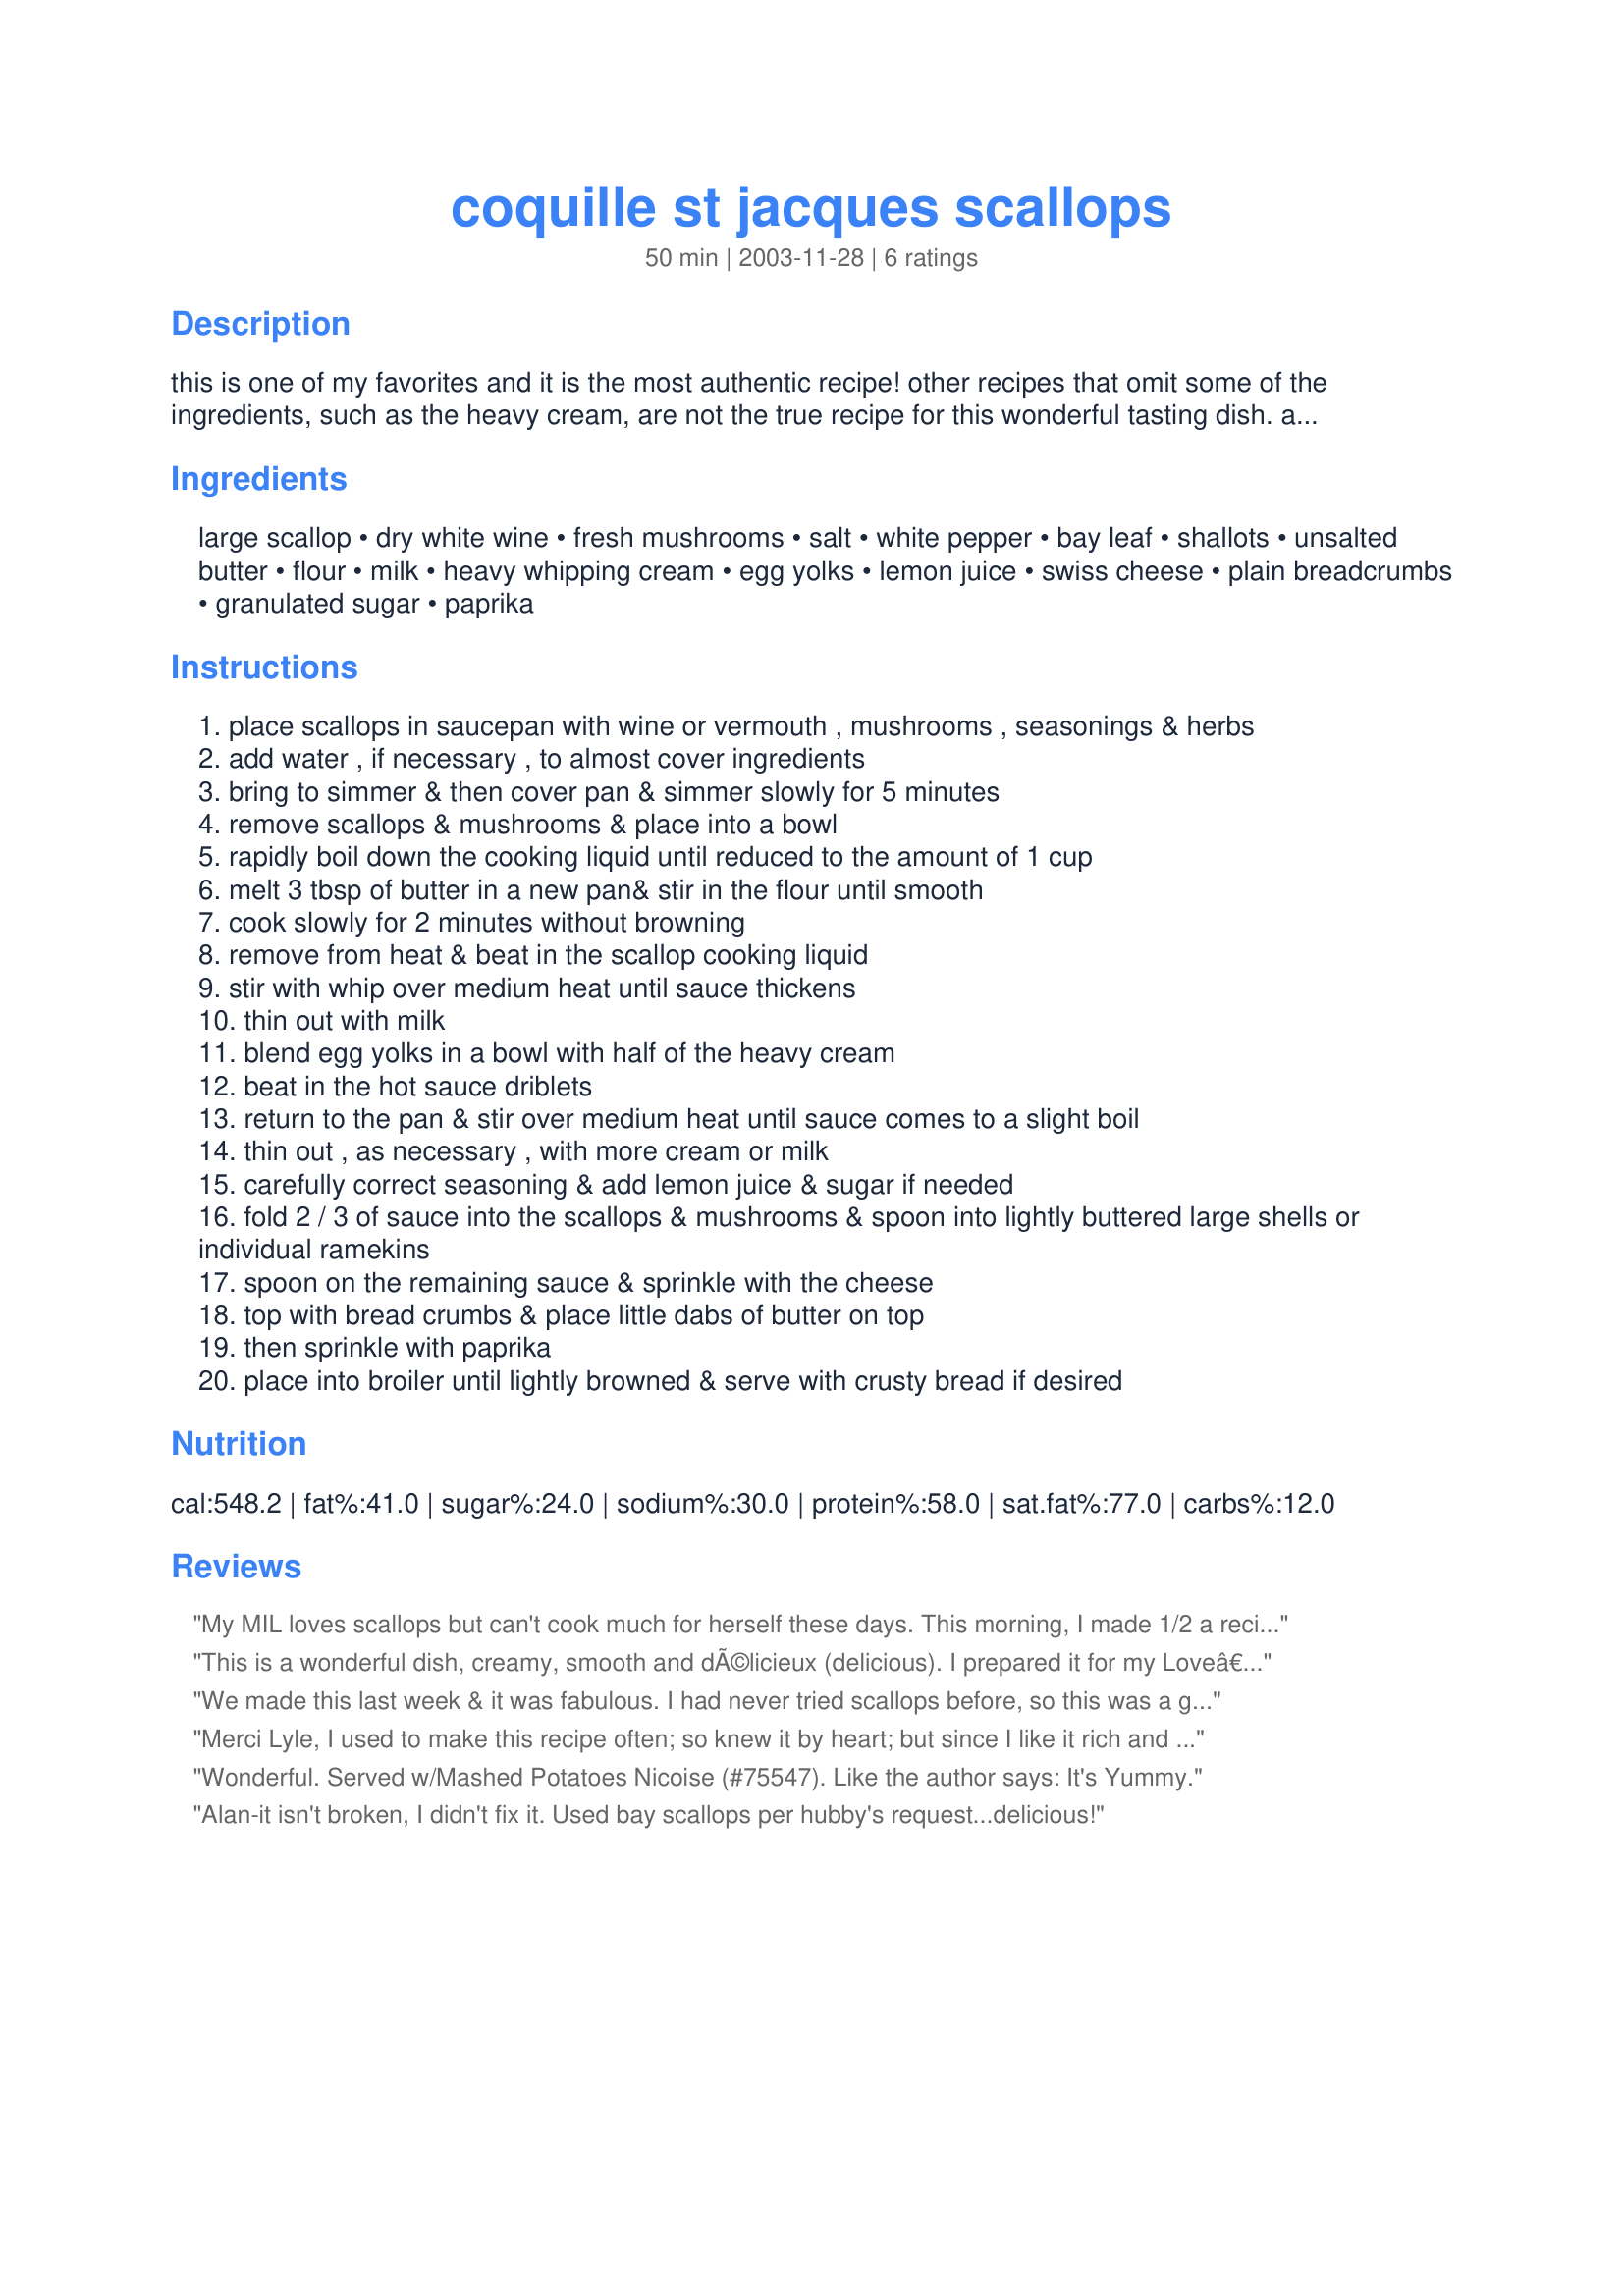
coquille st jacques scallops
Preparation time: 50 minutes

this is one of my favorites and it is the most authentic recipe! other recipes that omit some of the ingredients, such as the heavy cream, are not the true recipe for this wonderful tasting dish. also, you must serve it in shells or ramekins & not over a bed of rice. it's just as good as other recipes for this dish that require many more steps. it's yummy! if you have any questions e-mail me: alanleonetti@q.com

Ingredients:
large scallop, dry white wine, fresh mushrooms, salt, white pepper, bay leaf, shallots, unsalted butter, flour, milk, heavy whipping cream, egg yolks, lemon juice, swiss cheese, plain breadcrumbs, granulated sugar, paprika

Steps:
place scallops in saucepan with wine or vermouth , mushrooms , seasonings & herbs
add water , if necessary , to almost cover ingredients
bring to simmer & then cover pan & simmer slowly for 5 minutes
remove scallops & mushrooms & place into a bowl
rapidly boil down the cooking liquid until reduced to the amount of 1 cup
melt 3 tbsp of butter in a new pan& stir in the flour until smooth
cook slowly for 2 minutes without browning
remove from heat & beat in the scallop cooking liquid
stir with whip over medium heat until sauce thickens
thin out with milk
blend egg yolks in a bowl with half of the heavy cream
beat in the hot sauce driblets
return to the pan & stir over medium heat until sauce comes to a slight boil
thin out , as necessary , with more cream or milk
carefully correct seasoning & add lemon juice & sugar if needed
fold 2 / 3 of sauce into the scallops & mushrooms & spoon into lightly buttered large shells or individual ramekins
spoon on the remaining sauce & sprinkle with the cheese
top with bread crumbs & place little dabs of butter on top
then sprinkle with paprika
place into broiler until lightly browned & serve with crusty bread if desired

Reviews:
My MIL loves scallops but can't cook much for herself these days. This morning, I made 1/2 a recipe (up to the broiling step) and put it in two ramekins in her fridge. All she had to do was pop a ramekin in the microwave for 30 seconds, to take off the chill, and broil it till brown and bubbly. Tonight,she called and said the scallops were wonderful, the sauce perfectly seasoned and delicious! I agree - I've made this before for my family to rave reviews, but this was the first time I tried to make it ahead of time. Sounds like it can be done successfully. Thanks, Alan, for a great recipe!
This is a wonderful dish, creamy, smooth and dÃ©licieux (delicious). I prepared it for my Loveâ€™s Birthday Dinner. I did leave the Scallops whole rather than slice them simply because I love the texture of fresh whole scallops, especially when I pick them up from the fish monger just hours before preparing.

I also decide to use stock rather than water for flavor sake because I needed extra liquid to cover because I chose to leave the scallops whole, but other than that I left the recipe in tact. The reduction of the scallop sauce really concentrated the flavors and the lemon added just the right amount of fresh citrus flavor to the veloute. I served this with a side of littleneck clams, with drawn garlic butter and cocktail sauce and Julia Loved it. And so did the fuzzy babies. Thanks for sharing this recipe with us.
We made this last week & it was fabulous. I had never tried scallops before, so this was a great first time. I was a little worried that this dish may be complicated to make, but we found it fairly simple to follow the steps. Will definitely make this again. We served this with garlic parmesan mashed potatoes.
Merci Lyle, I used to make this recipe often; so knew it by heart; but since I like it rich and fattening;, have not for a while , so had to revert to Recipezaar,,,errr, food.com. Loved your recipe,, but of course used what I had on hand. Fresh Digby Scallops from the bay of Fundy are huge and sweet. I used some mozza and cream cheeze in the sauce and the fresh juice in the bag of scallops, and I had some whipping cream and I use Nutmeg and garlic as the spices with ground pepper> My boyfriend has added it to the next dinner party. Fast and furious!
Wonderful. Served w/Mashed Potatoes Nicoise (#75547). Like the author says: It's Yummy.
Alan-it isn't broken, I didn't fix it. Used bay scallops per hubby's request...delicious!
